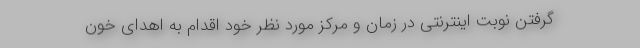
گرفتن نوبت اینترنتی در زمان و مرکز مورد نظر خود اقدام به اهدای خون